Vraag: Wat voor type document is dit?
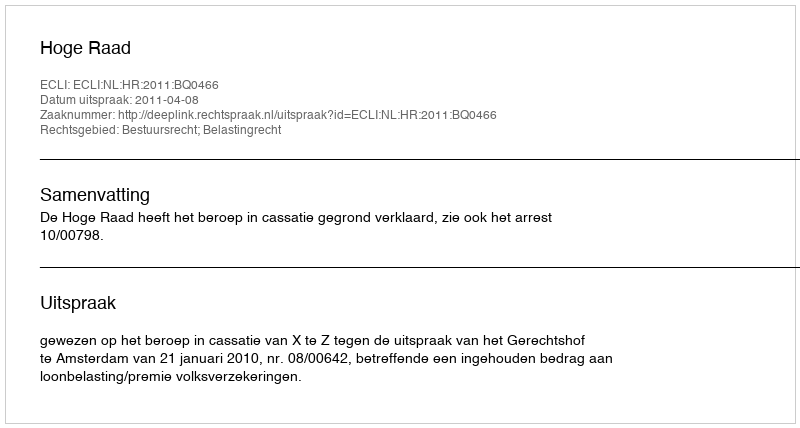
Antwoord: Uitspraak